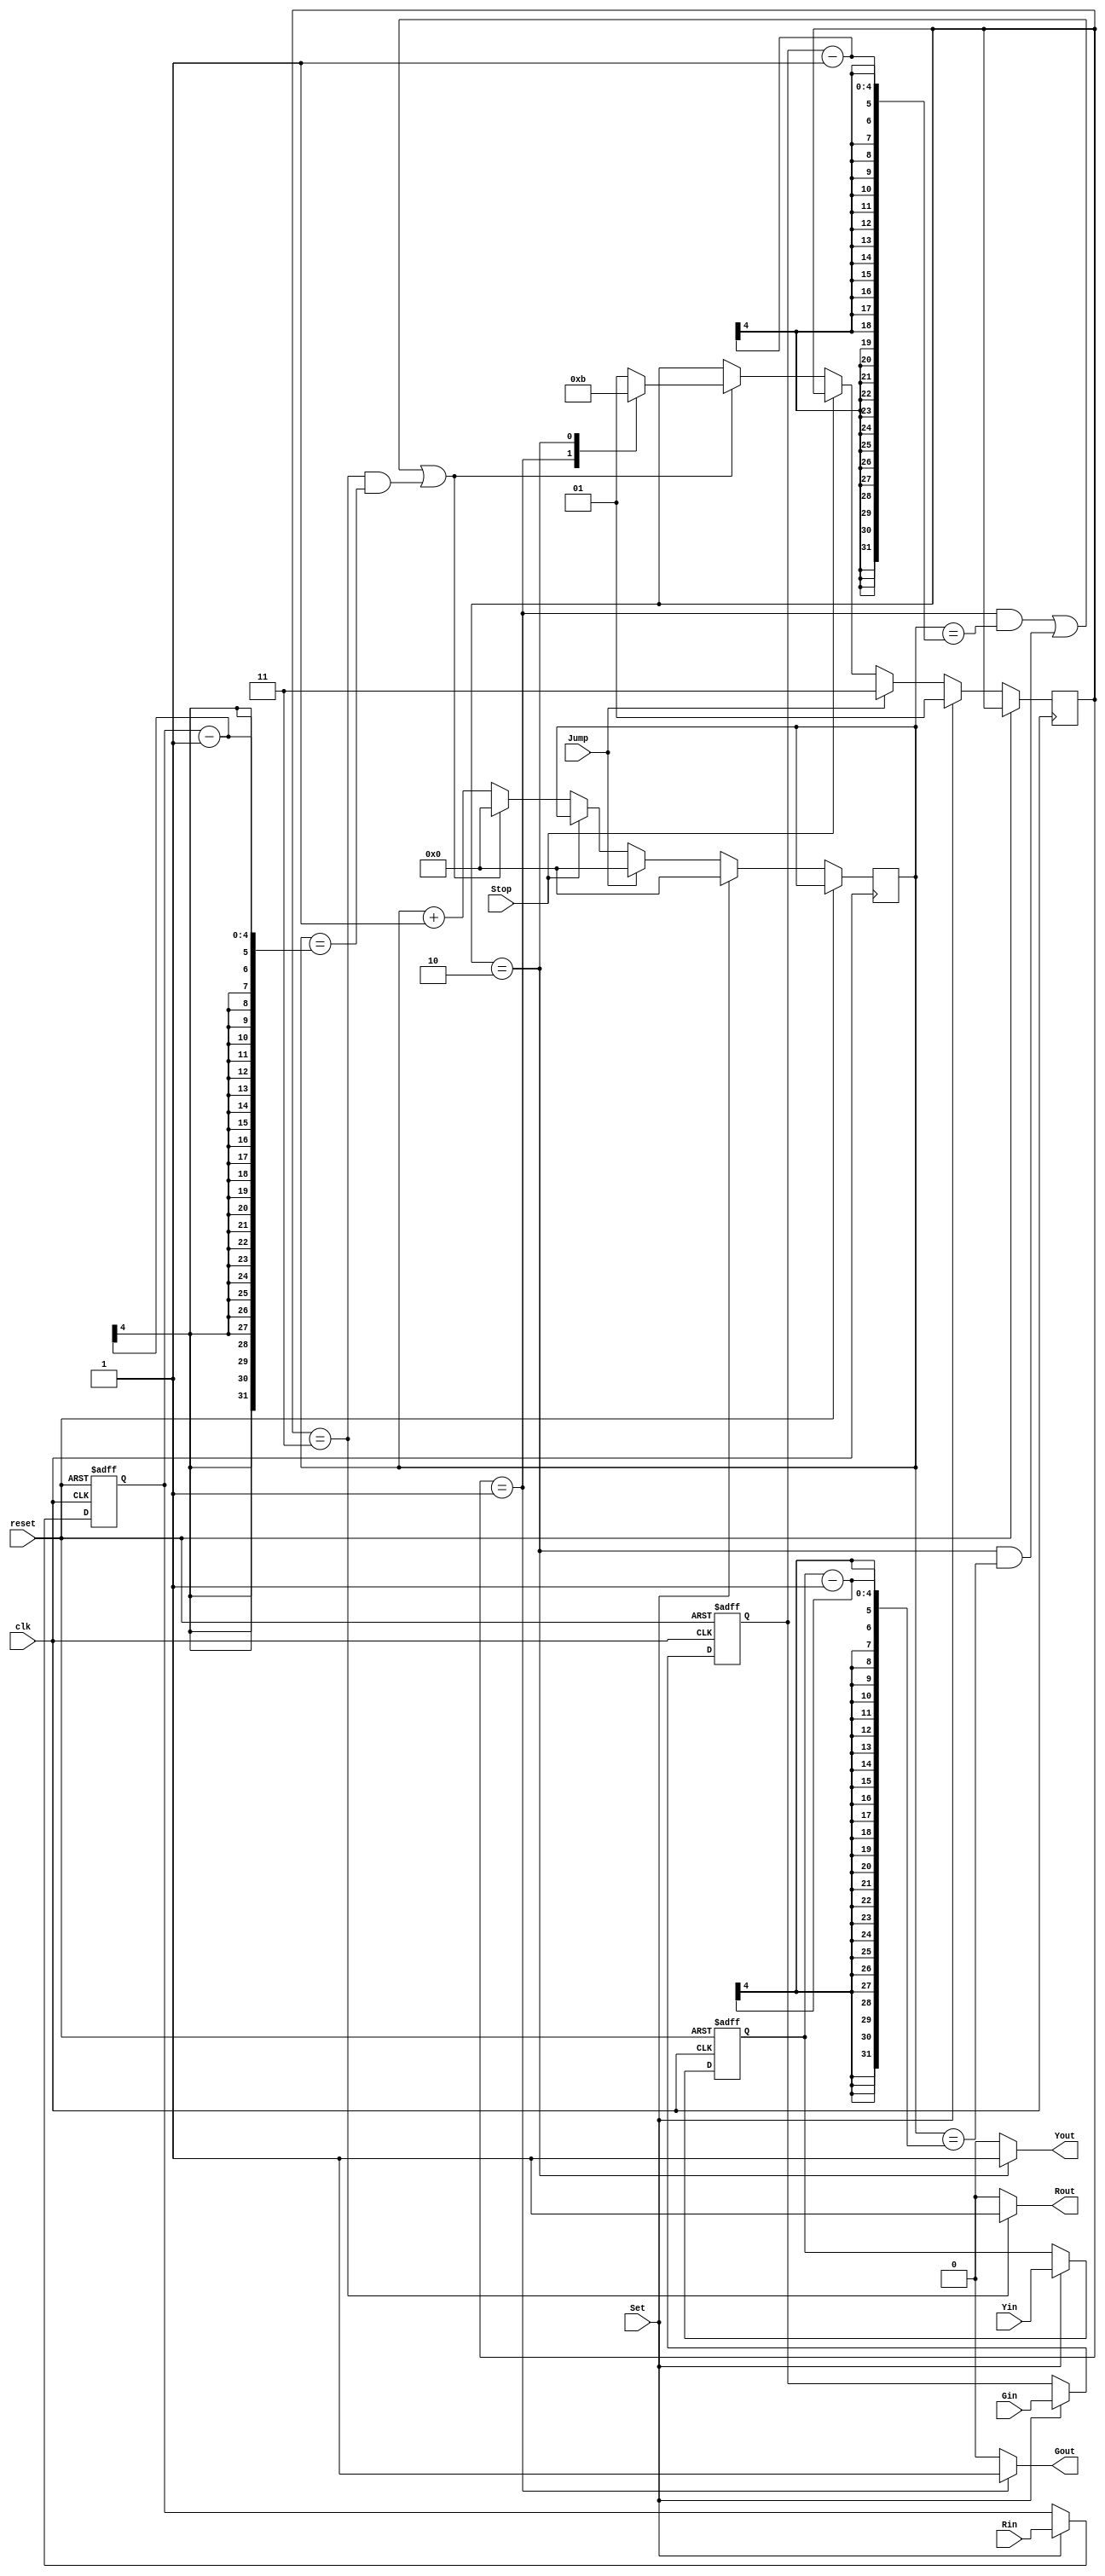
module TLS(clk, reset, Set, Stop, Jump, Gin, Yin, Rin, Gout, Yout, Rout);
input           clk;
input           reset;
input           Set;
input           Stop;
input           Jump;
input     [3:0] Gin;
input     [3:0] Yin;
input     [3:0] Rin;
output    reg   Gout;
output    reg   Yout;
output    reg   Rout;

reg [1:0] current_state,next_state;
parameter [1:0] green  = 2'b01 ,
                yellow = 2'b10 ,
                red    = 2'b11 ;

reg [3:0]g_duration;
reg [3:0]y_duration;
reg [3:0]r_duration;
reg [3:0]counter;

always@( * ) begin
  case(current_state)
    green  : next_state = yellow ;
    yellow : next_state = red    ;
    red    : next_state = green  ;
    default: next_state = green  ;
   endcase
end            // next state combination
 
always@(posedge clk , posedge reset)begin
if(reset)begin
g_duration  <= 0;
y_duration  <= 0;
r_duration  <= 0;
end
else if (Set == 1)begin
       g_duration  <= Gin;
       y_duration  <= Yin;
       r_duration  <= Rin;
       current_state   <= green;
       counter <= 0; 
end
else if (Jump == 1)begin
      current_state  <= red;
      counter <= 0;           
end
else if( Stop == 0)begin
     if(( current_state == green  && counter == g_duration-1 ) ||
        ( current_state == yellow && counter == y_duration-1 ) ||
        ( current_state == red    && counter == r_duration-1 ))begin  // 0 ~ N-1
           current_state <= next_state;
           counter <= 0;
     end
     else 
           counter <= counter + 1;
end 
end         // sequential 

always@( * ) begin
  case(current_state)
    green:begin
          Gout = 1;
          Yout = 0;
          Rout = 0;
          end
    yellow:begin
          Gout = 0;
          Yout = 1;
          Rout = 0;
          end
    red:begin
          Gout = 0;
          Yout = 0;
          Rout = 1;
          end
    default:begin
          Gout = 0;
          Yout = 0;
          Rout = 0;
          end
    endcase
end            //output logic combination

endmodule